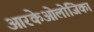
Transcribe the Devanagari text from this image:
आरकेओलोजिका